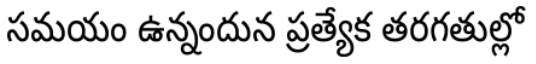
సమయం ఉన్నందున ప్రత్యేక తరగతుల్లో